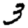
Digit: 3